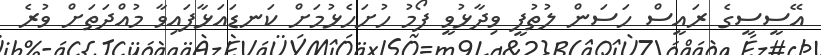
އޭސީސީގެ ރައީސް ހަސަން ލުތުފީ ވިދާޅުވީ ފޯމު ހުށަހެޅުމަށް ކަނޑައަޅާފައިވާ މުއްދަތަށް ވުރެ